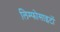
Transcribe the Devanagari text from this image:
लिम्फोसाइटों